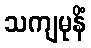
သကျမုနိံ